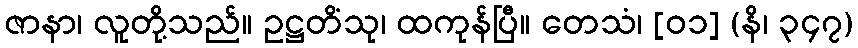
ဇာနာ၊ လူတို့သည်။ ဥဋ္ဌတိံသု၊ ထကုန်ပြီ။ တေသံ၊ [၀၁] (နိ၊ ၃၄၇)